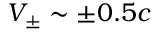
V _ { \pm } \sim \pm 0 . 5 c